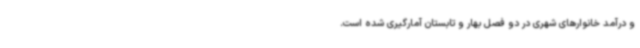
و درآمد خانوارهای شهری در دو فصل بهار و تابستان آمارگیری شده است.